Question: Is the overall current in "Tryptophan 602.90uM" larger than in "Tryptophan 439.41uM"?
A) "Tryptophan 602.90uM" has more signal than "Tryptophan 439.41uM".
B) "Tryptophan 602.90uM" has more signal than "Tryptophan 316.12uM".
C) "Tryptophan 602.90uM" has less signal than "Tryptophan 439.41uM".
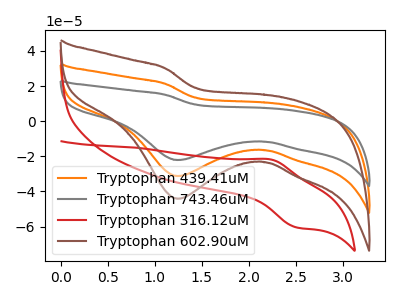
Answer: <think>The orange curve "Tryptophan 439.41uM" has a cathodic peak at: (1.25V, -31.25uA). The gray curve "Tryptophan 743.46uM" has a cathodic peak at: (1.25V, -62.45uA). The red curve "Tryptophan 316.12uM" has an anodic peak at (2.25V, -21.75uA) and a cathodic peak at (2.50V, -60.40uA). The brown curve "Tryptophan 602.90uM" has a cathodic peak at: (1.25V, -44.15uA).
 All the peaks in "Tryptophan 602.90uM" have a peak in "Tryptophan 439.41uM" at the same potential. Every peak in "Tryptophan 602.90uM" is higher than every peak in "Tryptophan 439.41uM".</think>
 <answer>A) "Tryptophan 602.90uM" has more signal than "Tryptophan 439.41uM".</answer>
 <eval>A</eval>